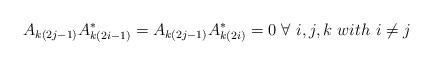
LaTeX: \begin{align*} A_{k(2j-1)}A_{k(2i-1)}^* = A_{k(2j-1)}A_{k(2i)}^* = 0 \ \forall \ i,j,k \ with \ i \neq j \end{align*}